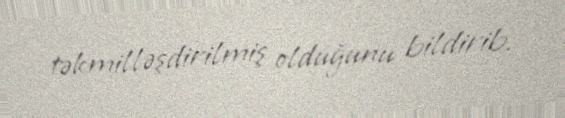
təkmilləşdirilmiş olduğunu bildirib.